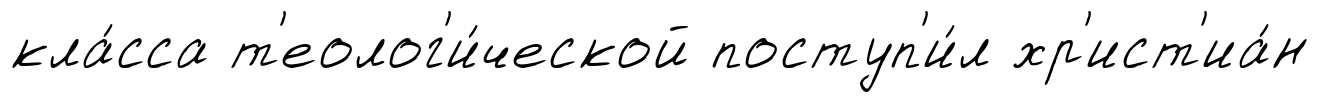
кла́сса т'еолог'и́ческой поступ'и́л хр'ист'иа́н